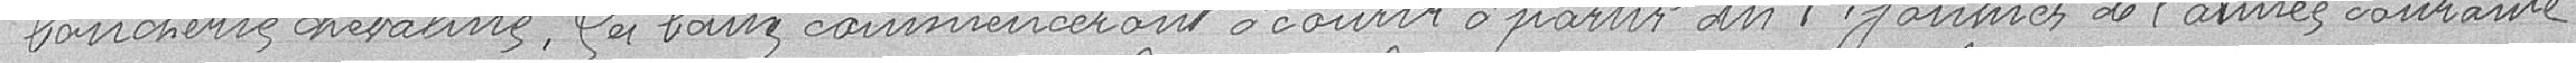
boucherie chevaline. Ces baux commenceront à courir à partir du 1er janvier de l'année suivante